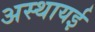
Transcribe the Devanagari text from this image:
अस्थायई